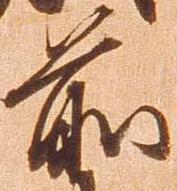
前